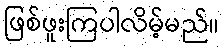
ဖြစ်ဖူးကြပါလိမ့်မည်။